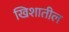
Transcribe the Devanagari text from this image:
खिशातील